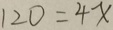
1 2 0 = 4 x